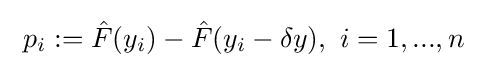
\ p_{i}:={\hat {F}}(y_{i})-{\hat {F}}(y_{i}-\delta y),\ i=1,...,n